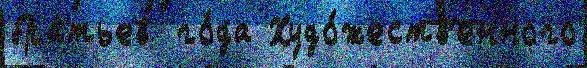
бра́тьев  го́да Худо́жеств'енного